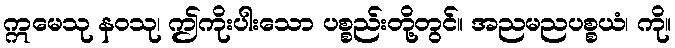
ဣမေသု နဝသု၊ ဤကိုးပါးသော ပစ္စည်းတို့တွင်။ အညမညပစ္စယံ၊ ကို။